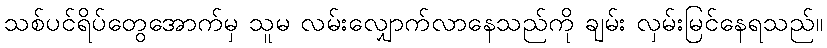
သစ်ပင်ရိပ်တွေအောက်မှ သူမ လမ်းလျှောက်လာနေသည်ကို ချမ်း လှမ်းမြင်နေရသည်။